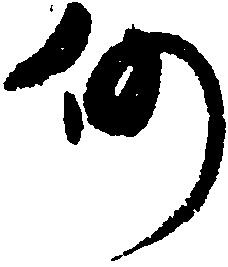
仍